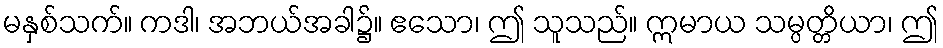
မနှစ်သက်။ ကဒါ၊ အဘယ်အခါ၌။ ဧသော၊ ဤ သူသည်။ ဣမာယ သမ္ပတ္တိယာ၊ ဤ